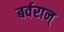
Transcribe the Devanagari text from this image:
बर्वरान्